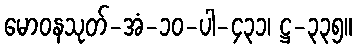
မောဝနသုတ်-အံ-၁၀-ပါ-၄၃၁၊ ဋ္ဌ-၃၃၅။